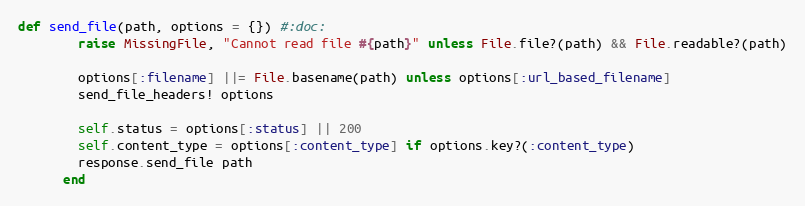
Language: Ruby
def send_file(path, options = {}) #:doc:
        raise MissingFile, "Cannot read file #{path}" unless File.file?(path) && File.readable?(path)

        options[:filename] ||= File.basename(path) unless options[:url_based_filename]
        send_file_headers! options

        self.status = options[:status] || 200
        self.content_type = options[:content_type] if options.key?(:content_type)
        response.send_file path
      end